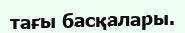
тағы басқалары.